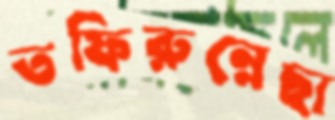
তফিরুন্নেছা